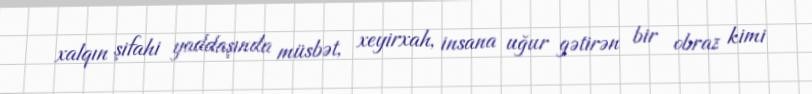
xalqın şifahi yaddaşında müsbət, xeyirxah, insana uğur gətirən bir obraz kimi